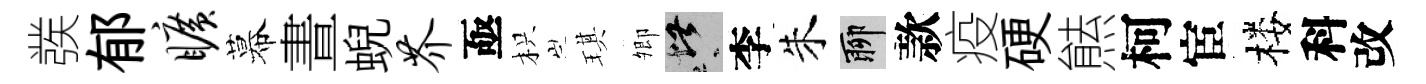
彂郁旷幕晝蜺芥亟枳琪𡖖堪李朱聊款疫硬㷱柯宦楼科改